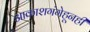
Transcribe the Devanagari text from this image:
आकाशगंगेहूनही